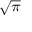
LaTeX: \scriptstyle { \sqrt { \pi } }